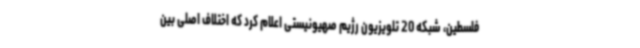
فلسطین، شبکه 20 تلویزیون رژیم صهیونیستی اعلام کرد که اختلاف اصلی بین